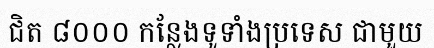
ជិត ៨០០០ កន្លែងទូទាំងប្រទេស ជាមួយ